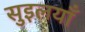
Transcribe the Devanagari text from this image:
सुइलयाँ